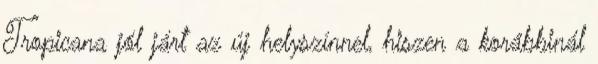
Tropicana jól járt az új helyszínnel, hiszen a korábbinál